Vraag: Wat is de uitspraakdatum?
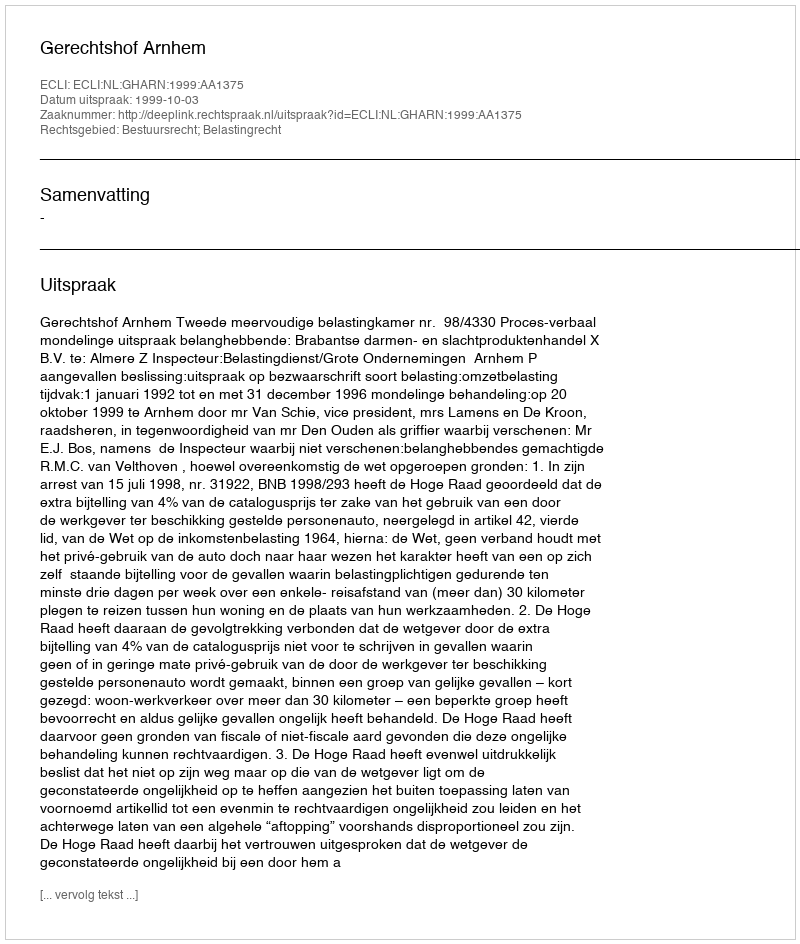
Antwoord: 1999-10-03